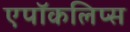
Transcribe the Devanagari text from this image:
एपॉकलिप्स